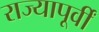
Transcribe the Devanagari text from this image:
राज्यापूर्वीं